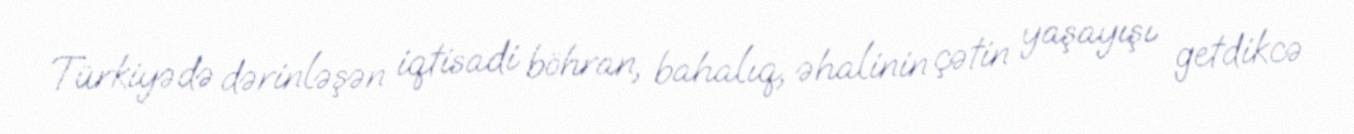
Türkiyədə dərinləşən iqtisadi böhran, bahalıq, əhalinin çətin yaşayışı getdikcə